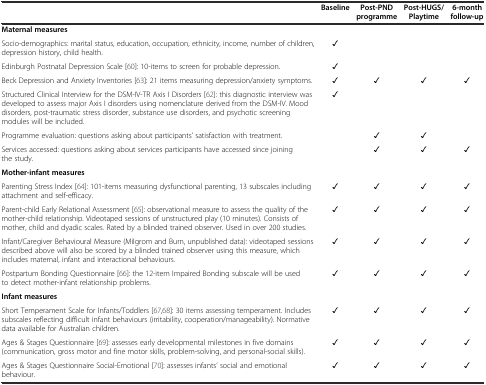
<table><thead><tr><td></td><td><b>Baseline</b></td><td><b>Post-PND programme</b></td><td><b>Post-HUGS/ Playtime</b></td><td><b>6-month follow-up</b></td></tr></thead><tbody><tr><td><b>Maternal measures</b></td><td></td><td></td><td></td><td></td></tr><tr><td>Socio-demographics: marital status, education, occupation, ethnicity, income, number of children, depression history, child health.</td><td>✓</td><td></td><td></td><td></td></tr><tr><td>Edinburgh Postnatal Depression Scale[60]: 10-items to screen for probable depression.</td><td>✓</td><td></td><td></td><td></td></tr><tr><td>Beck Depression and Anxiety Inventories[63]: 21 items measuring depression/anxiety symptoms.</td><td>✓</td><td>✓</td><td>✓</td><td>✓</td></tr><tr><td>Structured Clinical Interview for the DSM-IV-TR Axis I Disorders[62]: this diagnostic interview was developed to assess major Axis I disorders using nomenclature derived from the DSM-IV. Mood disorders, post-traumatic stress disorder, substance use disorders, and psychotic screening modules will be included.</td><td>✓</td><td></td><td></td><td></td></tr><tr><td>Programme evaluation: questions asking about participants’ satisfaction with treatment.</td><td></td><td>✓</td><td>✓</td><td></td></tr><tr><td>Services accessed: questions asking about services participants have accessed since joining the study.</td><td></td><td>✓</td><td>✓</td><td>✓</td></tr><tr><td><b>Mother-infant measures</b></td><td></td><td></td><td></td><td></td></tr><tr><td>Parenting Stress Index[64]: 101-items measuring dysfunctional parenting, 13 subscales including attachment and self-efficacy.</td><td>✓</td><td>✓</td><td>✓</td><td>✓</td></tr><tr><td>Parent-child Early Relational Assessment[65]: observational measure to assess the quality of the mother-child relationship. Videotaped sessions of unstructured play (10 minutes). Consists of mother, child and dyadic scales. Rated by a blinded trained observer. Used in over 200 studies.</td><td>✓</td><td>✓</td><td>✓</td><td>✓</td></tr><tr><td>Infant/Caregiver Behavioural Measure (Milgrom and Burn, unpublished data): videotaped sessions described above will also be scored by a blinded trained observer using this measure, which includes maternal, infant and interactional behaviours.</td><td>✓</td><td>✓</td><td>✓</td><td>✓</td></tr><tr><td>Postpartum Bonding Questionnaire[66]: the 12-item Impaired Bonding subscale will be used to detect mother-infant relationship problems.</td><td>✓</td><td>✓</td><td>✓</td><td>✓</td></tr><tr><td><b>Infant measures</b></td><td></td><td></td><td></td><td></td></tr><tr><td>Short Temperament Scale for Infants/Toddlers[67, 68]: 30 items assessing temperament. Includes subscales reflecting difficult infant behaviours (irritability, cooperation/manageability). Normative data available for Australian children.</td><td>✓</td><td>✓</td><td>✓</td><td>✓</td></tr><tr><td>Ages &amp; Stages Questionnaire[69]: assesses early developmental milestones in five domains (communication, gross motor and fine motor skills, problem-solving, and personal-social skills).</td><td>✓</td><td>✓</td><td>✓</td><td>✓</td></tr><tr><td>Ages &amp; Stages Questionnaire Social-Emotional[70]: assesses infants’ social and emotional behaviour.</td><td>✓</td><td>✓</td><td>✓</td><td>✓</td></tr></tbody></table>